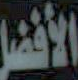
الأفضل